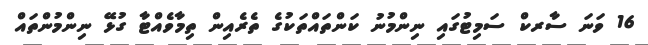
16 ވަނަ ސާރކް ސަމިޓުގައި ނިންމުނު ކަންތައްތަކުގެ ތެރެއިން ތިމާވެއްޓާ ގުޅޭ ނިންމުންތައް